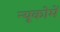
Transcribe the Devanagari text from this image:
न्यूकोमें